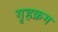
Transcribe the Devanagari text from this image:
गृहक्रम